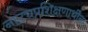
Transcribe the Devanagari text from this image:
नाट्यप्रशिक्षणार्थींना